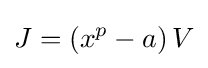
J=\left(x^{p}-a\right)V